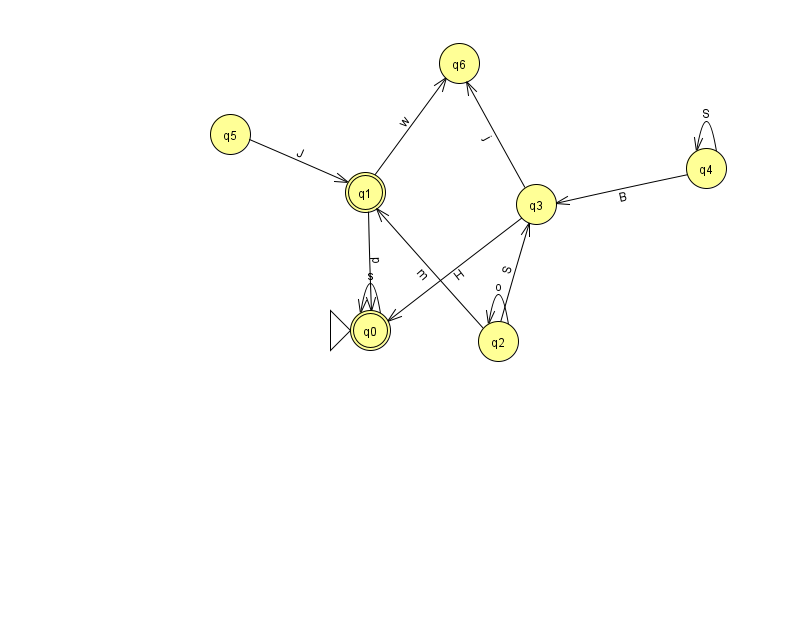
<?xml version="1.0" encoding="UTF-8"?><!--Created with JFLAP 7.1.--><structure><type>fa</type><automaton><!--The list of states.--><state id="0" name="q0"><x>370.0</x><y>317.0</y><initial/><final/></state><state id="1" name="q1"><x>365.0</x><y>179.0</y><final/></state><state id="2" name="q2"><x>498.0</x><y>328.0</y></state><state id="3" name="q3"><x>536.0</x><y>191.0</y></state><state id="4" name="q4"><x>706.0</x><y>155.0</y></state><state id="5" name="q5"><x>230.0</x><y>121.0</y></state><state id="6" name="q6"><x>459.0</x><y>50.0</y></state><!--The list of transitions.--><transition><from>2</from><to>3</to><read>S</read></transition><transition><from>0</from><to>0</to><read>s</read></transition><transition><from>4</from><to>4</to><read>S</read></transition><transition><from>1</from><to>0</to><read>p</read></transition><transition><from>3</from><to>0</to><read>H</read></transition><transition><from>2</from><to>1</to><read>m</read></transition><transition><from>5</from><to>1</to><read>J</read></transition><transition><from>3</from><to>6</to><read>j</read></transition><transition><from>4</from><to>3</to><read>B</read></transition><transition><from>1</from><to>6</to><read>w</read></transition><transition><from>2</from><to>2</to><read>o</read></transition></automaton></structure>